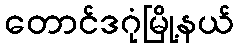
တောင်ဒဂုံမြို့နယ်